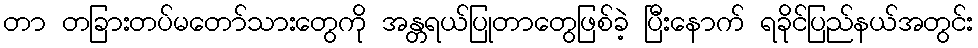
တာ တခြားတပ်မတော်သားတွေကို အန္တရယ်ပြုတာတွေဖြစ်ခဲ့ ပြီးနောက် ရခိုင်ပြည်နယ်အတွင်း